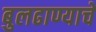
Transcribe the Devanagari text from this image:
बुलढाण्याचे